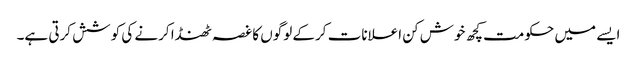
ایسے میں حکومت کچھ خوش کن اعلانات کرکے لوگوں کا غصہ ٹھنڈا کرنے کی کوشش کرتی ہے۔